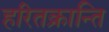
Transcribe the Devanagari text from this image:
हरितक्रान्ति